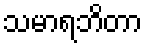
သမာရဘိတာ